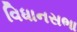
વિધાનસભા